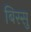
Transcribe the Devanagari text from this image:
बिस्सु